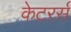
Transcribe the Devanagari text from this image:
केटरर्स